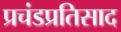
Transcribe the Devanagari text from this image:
प्रचंडप्रतिसाद